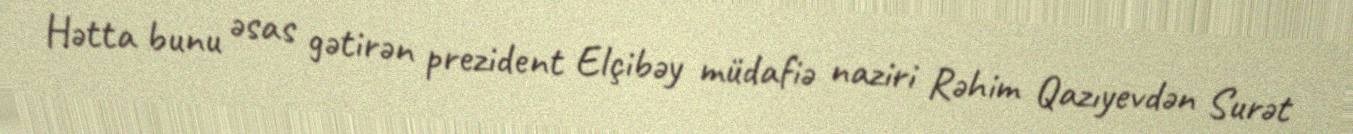
Hətta bunu əsas gətirən prezident Elçibəy müdafiə naziri Rəhim Qazıyevdən Surət